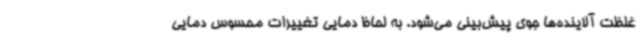
غلظت آلاینده‌ها جوی پیش‌بینی می‌شود. به لحاظ دمایی تغییرات محسوس دمایی